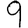
Digit: 9